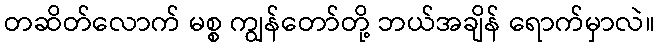
တဆိတ်လောက် မစ္စ ကျွန်တော်တို့ ဘယ်အချိန် ရောက်မှာလဲ။